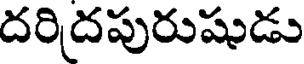
దరిదపురుషుడు